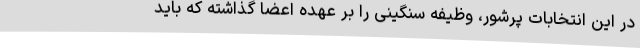
در این انتخابات پرشور، وظیفه سنگینی را بر عهده اعضا گذاشته که باید